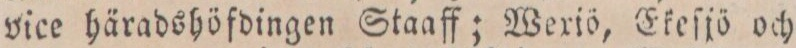
vice häradshöfdingen Staaff; Weriö, Ekeſjö och